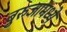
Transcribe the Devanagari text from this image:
बुरुजामध्ये